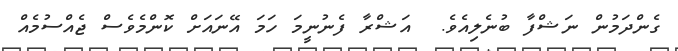
ގެންދަމުން ނަޝްފާާ ބުނެލިއެވެ.  އަޝްރާ ފެނުނީމަ ހަމަ އޭނައަށް ކޮންމެވެސް ޖެއްސުމެއް